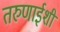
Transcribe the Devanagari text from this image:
तरुणाईशी